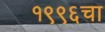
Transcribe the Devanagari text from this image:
१९९६चा